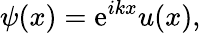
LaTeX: \psi(x)=\mathrm{e}^{ikx}u(x),